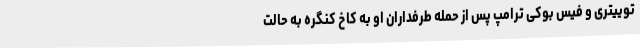
توییتری و فیس بوکی ترامپ پس از حمله طرفداران او به کاخ کنگره به حالت